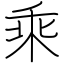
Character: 乘